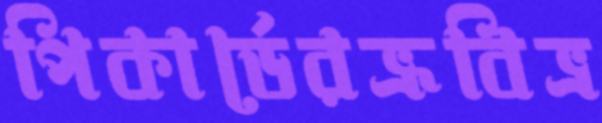
পিকার্ডেরভ্রূবিভ্র